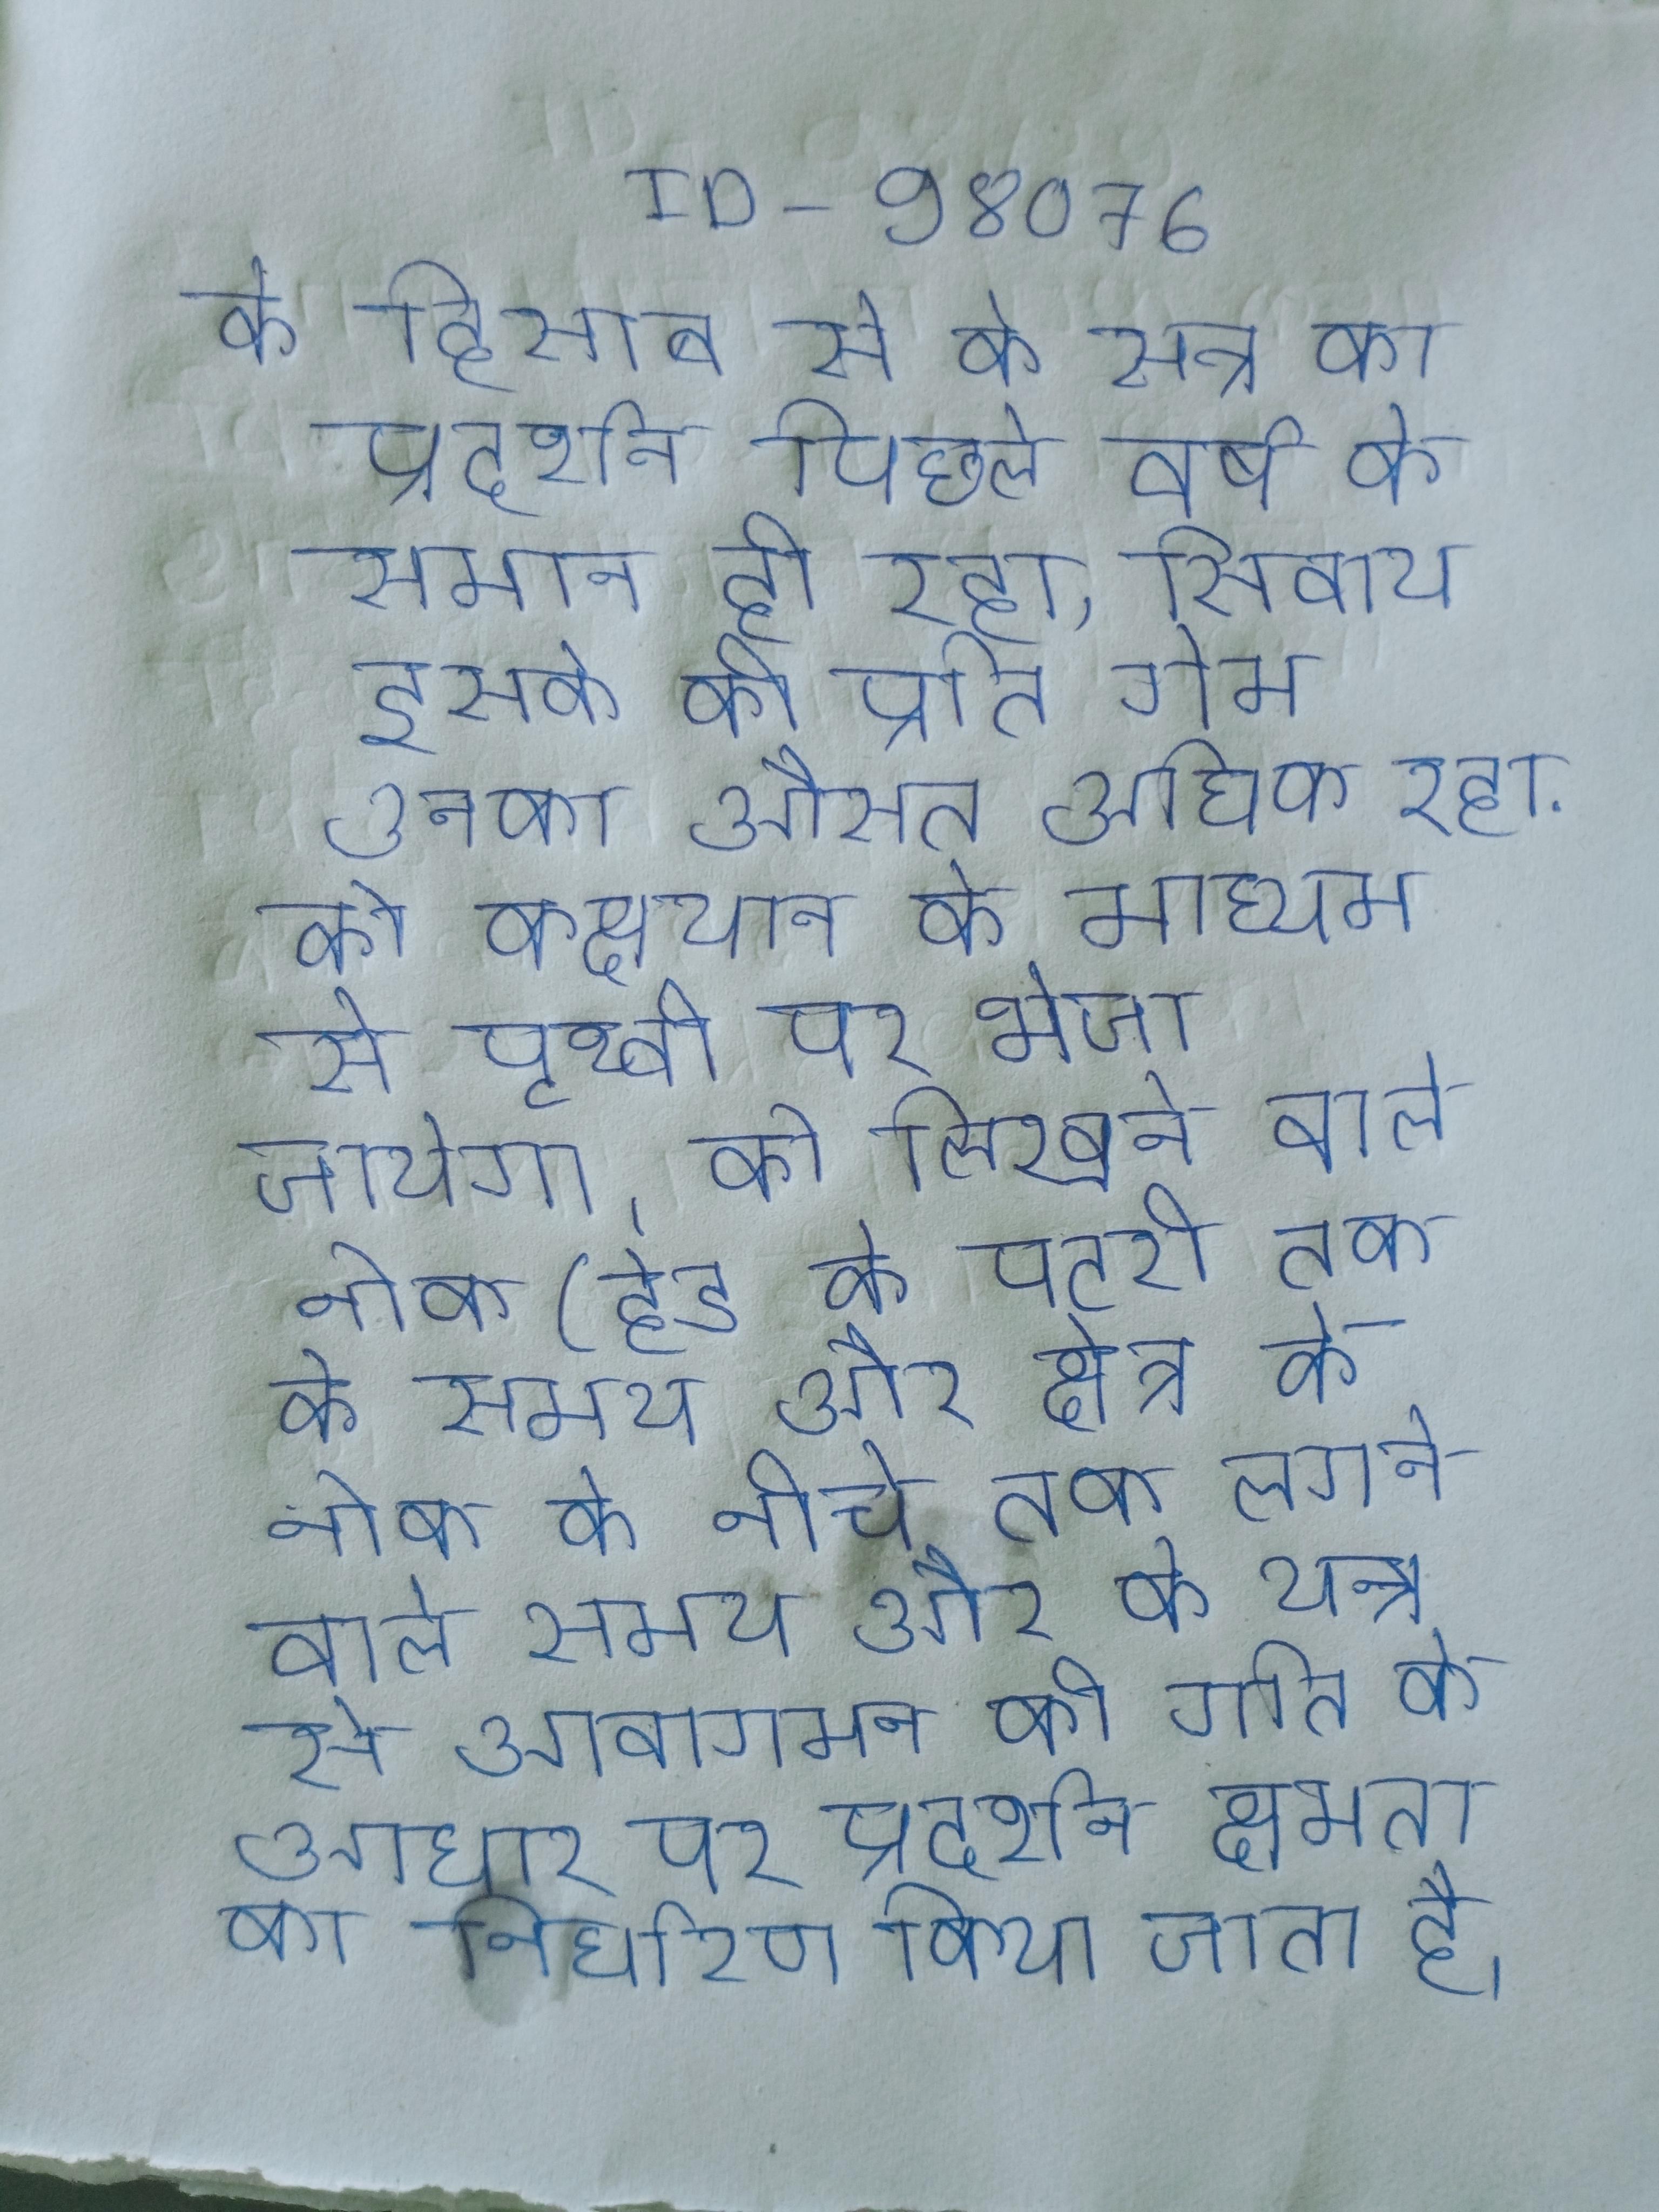
के हिसाब से के सत्र का प्रदर्शन पिछले वर्ष के समान ही रहा, सिवाय इसके की प्रति गेम उनका औसत अधिक रहा . को कक्षयान के माध्यम से पृथ्वी पर भेजा जायेगा । को लिखने वाले नोक(हेड) के पटरी तक के समय और क्षेत्र के नोक के नीचे तक लगने वाले समय और के यन्त्र से आवागमन की गति के आधार पर प्रदर्शन क्षमता का निर्धारण किया जाता है ।